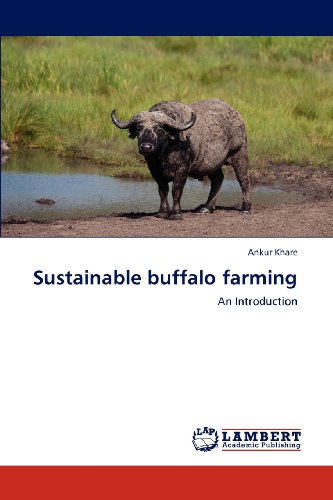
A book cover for Sustainable buffalo farming: An Introduction; Ankur Khare; Teen & Young Adult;